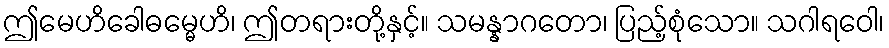
ဤမေဟိခေါဓမ္မေဟိ၊ ဤတရားတို့နှင့်။ သမန္နာဂတော၊ ပြည့်စုံသော။ သဂါရဝေါ၊